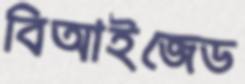
বিআইজেড